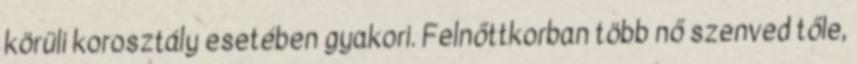
körüli korosztály esetében gyakori. Felnőttkorban több nő szenved tőle,